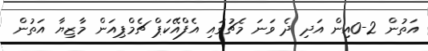
އަތުން 2-0އިން އަދި ދެ ވަނަ މެޗުގައި އެފްއޭކަޕް ޗެމްޕިއަން މާޒިޔާ އަތުން